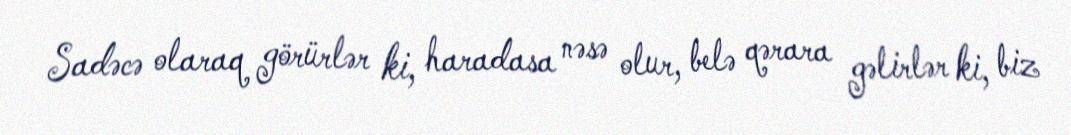
Sadəcə olaraq görürlər ki, haradasa nəsə olur, belə qərara gəlirlər ki, biz